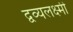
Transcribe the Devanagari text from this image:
द्वव्यलक्ष्मी